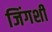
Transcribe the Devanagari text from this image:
जिंगशी